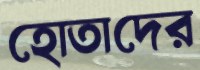
হোতাদের